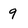
Character: 9